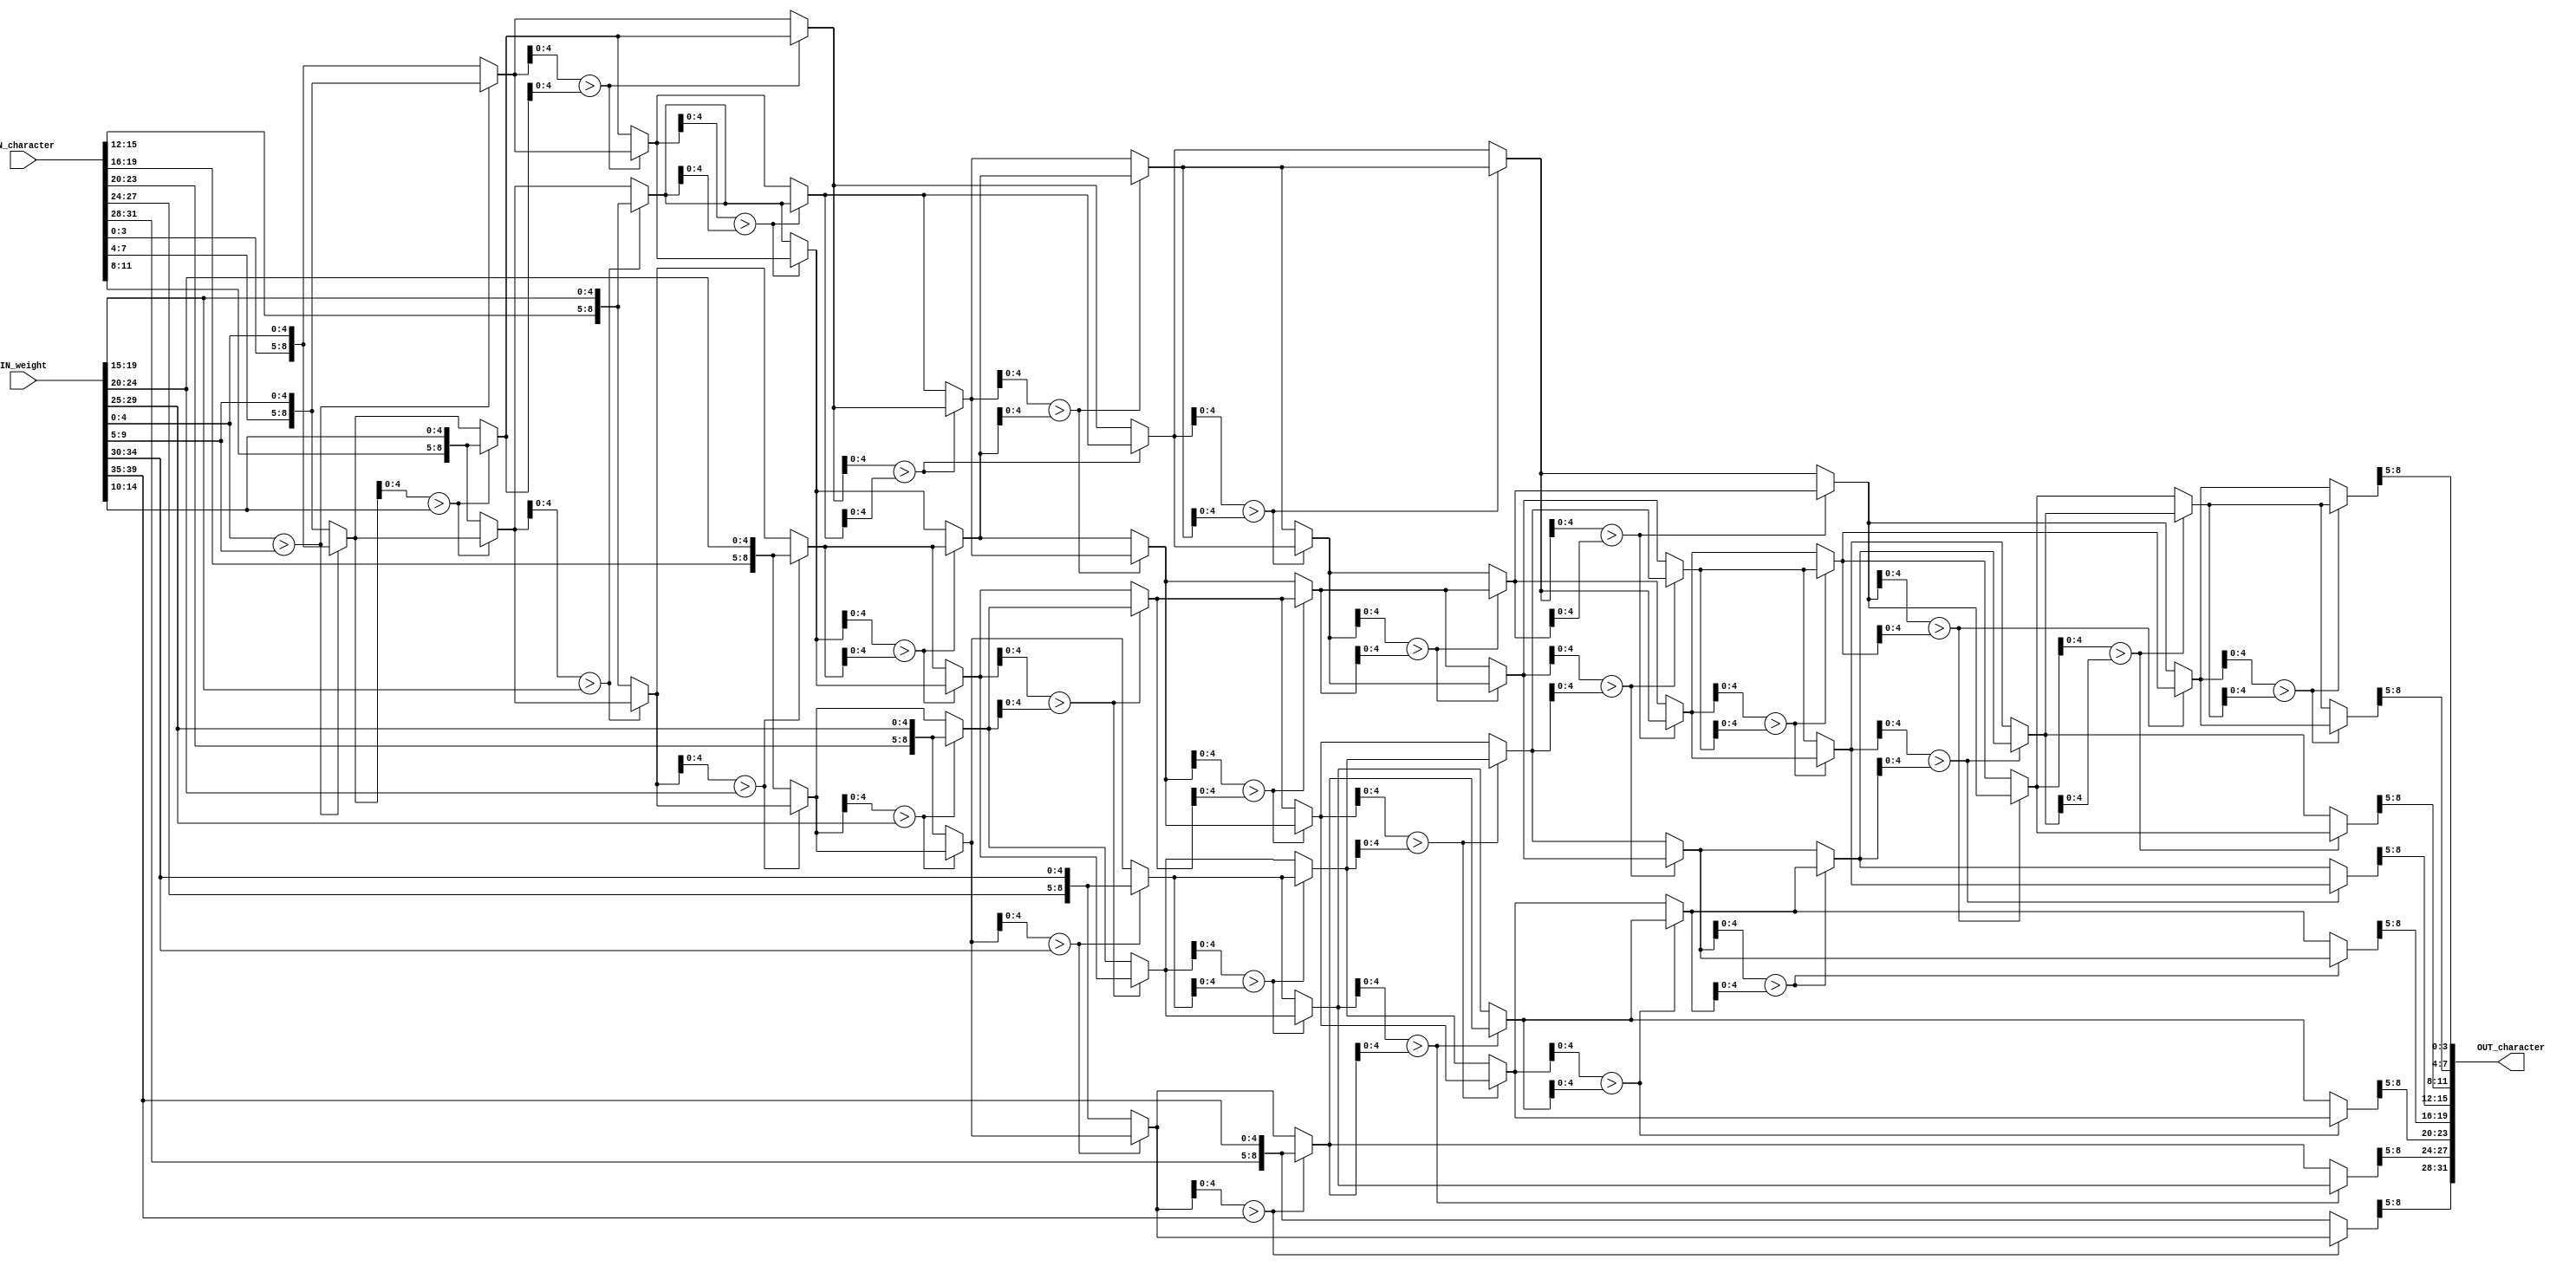
module SORT_IP #(parameter IP_WIDTH = 8) (
    // Input signals
    IN_character, IN_weight,
    // Output signals
    OUT_character
);

// ===============================================================
// Input & Output
// ===============================================================

input   [IP_WIDTH*4-1:0]  IN_character;
input   [IP_WIDTH*5-1:0]  IN_weight;

output  [IP_WIDTH*4-1:0]  OUT_character;

// ===============================================================
// Declaration
// ===============================================================

// Input
genvar i_in;

// Bubble sort
genvar i, j;
wire [8:0] tmp[IP_WIDTH*2-1][IP_WIDTH];
wire [8:0] ans[IP_WIDTH];

// Output
genvar i_out;

// ===============================================================
// Input
// ===============================================================

generate
    for(i_in = 0; i_in < IP_WIDTH; i_in = i_in + 1) begin
        assign tmp[0][i_in] = {IN_character[(i_in*4+3):(i_in*4)], IN_weight[(i_in*5+4):(i_in*5)]};
    end
endgenerate

// ===============================================================
// Bubble sort
// ===============================================================

generate
    for(i = 0; i < IP_WIDTH - 1; i = i + 1) begin
        assign tmp[2*i+1][0] = tmp[2*i][0];

        for(j = 0; j < IP_WIDTH - 1; j = j + 1) begin
            if(j < IP_WIDTH - 1 - i) begin
                assign tmp[2*i+2][j+0] = (tmp[2*i+1][j+0][4:0] > tmp[2*i+0][j+1][4:0]) ? tmp[2*i+0][j+1] : tmp[2*i+1][j+0];
                assign tmp[2*i+1][j+1] = (tmp[2*i+1][j+0][4:0] > tmp[2*i+0][j+1][4:0]) ? tmp[2*i+1][j+0] : tmp[2*i+0][j+1];
            end
            else begin
                assign tmp[2*i+2][j+0] = tmp[2*i+1][j+0];
                assign tmp[2*i+1][j+1] = tmp[2*i+0][j+1];
            end
        end

        assign tmp[2*i+2][IP_WIDTH-1] = tmp[2*i+1][IP_WIDTH-1];
    end
endgenerate

// ===============================================================
// Output
// ===============================================================

generate
    for (i_out = 0; i_out < IP_WIDTH; i_out = i_out + 1) begin
        assign OUT_character[4*i_out+3:4*i_out] = tmp[IP_WIDTH*2-2][i_out][8:5];
    end
endgenerate

endmodule